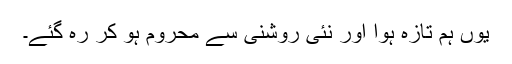
یوں ہم تازہ ہوا اور نئی روشنی سے محروم ہو کر رہ گئے۔